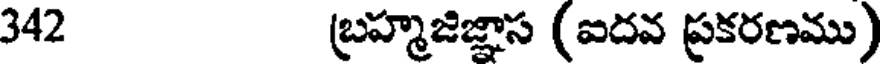
342 బ్రహ్మజిజ్ఞాస (ఐదవ ప్రకరణము)